Report on vaccination in the Province of Bengal - 1874-1889
Year: 1874
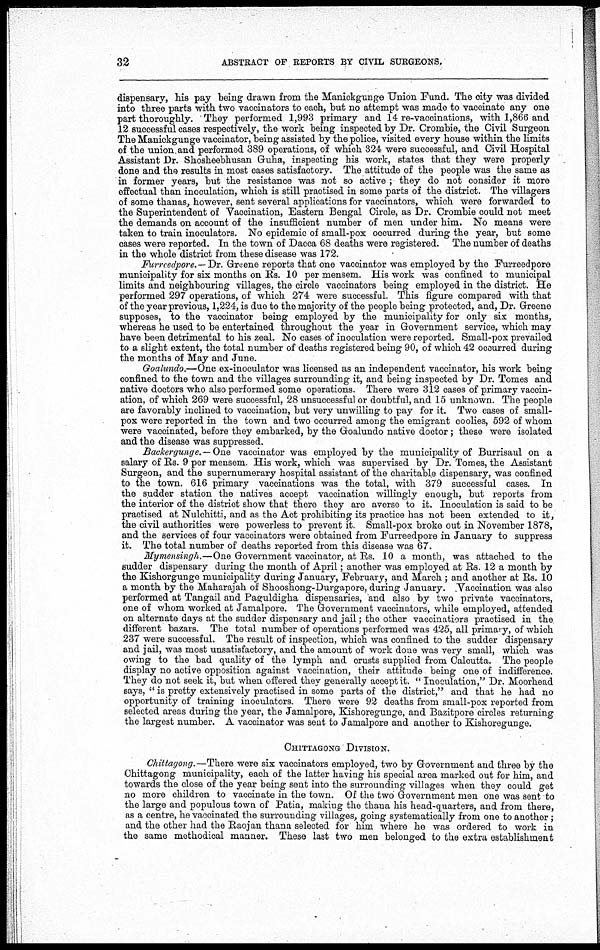
32
ABSTRACT OF REPORTS BY CIVIL SURGEONS.
dispensary, his pay being drawn from the Manickgunge Union Fund. The city was divided
into three parts with two vaccinators to each, but no attempt was made to vaccinate any one
part thoroughly. They performed 1,993 primary and 14 re-vaccinations, with 1,866 and
12 successful cases respectively, the work being inspected by Dr. Crombie, the Civil Surgeon
The Maniokgunge vaccinator, being assisted by the police, visited every house within the limits
of the union and performed 389 operations, of which 324 were successful, and Civil Hospital
Assistant Dr. Shosheebhusan Guha, inspecting his work, states that they were properly
done and the results in most cases satisfactory. The attitude of the people was the same as
in former years, but the resistance was not so active ; they do not consider it more
effectual than inoculation, which is still practised in some parts of the district. The villagers
of some thanas, however, sent several applications for vaccinators, which were forwarded to
the Superintendent of Vaccination, Eastern Bengal Circle, as Dr. Crombie could not meet
the demands on account of the insufficient number of men under him. No means were
taken to train inoculators. No epidemic of small-pox occurred during the year, but some
cases were reported. In the town of Dacca 68 deaths were registered. The number of deaths
in the whole district from these disease was 172.
Furrcedpore. — Dr. Greene reports that one vaccinator was employed by the Furreedpore
municipality for six months on Rs. 10 per mensem. His work was confined to municipal
limits and neighbouring villages, the circle vaccinators being employed in the district. He
performed 297 operations, of which 274 were successful. This figure compared with that
of the year previous, 1,224, is due to the majority of the people being protected, and, Dr. Greene
supposes, to the vaccinator being employed by the municipality for only six months,
whereas he used to be entertained throughout the year in Government service, which may
have been detrimental to his zeal. No cases of inoculation were reported. Small-pox prevailed
to a slight extent, the total number of deaths registered being 90, of which 42 occurred during
the months of May and June.
Goalundo.—One ex-inoculator was licensed as an independent vaccinator, his work being
confined to the town and the villages surrounding it, and being inspected by Dr. Tomes and
native doctors who also performed some operations. There were 312 cases of primary vaccin-
ation, of which 269 were successful, 28 unsuccessful or doubtful, and 15 unknown. The people
are favorably inclined to vaccination, but very unwilling to pay for it. Two cases of small-
pox were reported in the town and two occurred among the emigrant coolies, 592 of whom
were vaccinated, before they embarked, by the Goalundo native doctor ; these were isolated
and the disease was suppressed.
Backergunge. — One vaccinator was employed by the municipality of Burrisaul on a
salary of Rs. 9 per mensem. His work, which was supervised by Dr. Tomes, the Assistant
Surgeon, and the supernumerary hospital assistant of the charitable dispensary, was confined
to the town. 616 primary vaccinations was the total, with 379 successful cases. In
the sudder station the natives accept vaccination willingly enough, but reports from
the interior of the district show that there they are averse to it. Inoculation is said to be
practised at Nulchitti, and as the Act prohibiting its practice has not been extended to it,
the civil authorities were powerless to prevent it. Small-pox broke out in November 1878,
and the services of four vaccinators were obtained from Furreedpore in January to suppress
it. The total number of deaths reported from this disease was 67.
Mymensingh.—One Government vaccinator, at Rs. 10 a month, was attached to the
sudder dispensary during the month of April; another was employed at Rs. 12 a month by
the Kishorgunge municipality during January, February, and March ; and another at Rs. 10
a month by the Maharajah of Shooshong-Durgapore, during January.Vaccination was also
performed at Tangail and Paguldigha dispensaries, and also by two private vaccinators,
one of whom worked at Jamalpore. The Government vaccinators, while employed, attended
on alternate days at the sudder dispensary and jail; the other vaccinatiors practised in the
different bazars. The total number of operations performed was 425, all primary, of which
237 were successful. The result of inspection, which was confined to the sudder dispensary
and jail, was most unsatisfactory, and the amount of work done was very small, which was
owing to the bad quality of the lymph and crusts supplied from Calcutta. The people
display no active opposition against vaccination, their attitude being one of indifference.
They do not seek it, but when offered they generally accept it. " Inoculation," Dr. Moorhead
says, " is pretty extensively practised in some parts of the district," and that he had no
opportunity of training inoculators. There were 92 deaths from small-pox reported from
selected areas during the year, the Jamalpore, Kishoregunge, and Bazitpore circles returning
the largest number. A vaccinator was sent to Jamalpore and another to Kishoregunge.
CHITTAGONG DIVISION.
Chittagong.—There were six vaccinators employed, two by Government and three by the
Chittagong municipality, each of the latter having his special area marked out for him, and
towards the close of the year being sent into the surrounding villages when they could get
no more children to vaccinate in the town. Of the two Government men one was sent to
the large and populous town of Patia, making the thana his head-quarters, and from there,
as a centre, he vaccinated the surrounding villages, going systematically from one to another;
and the other had the Raojan thana selected for him where he was ordered to work in
the same methodical manner. These last two men belonged to the extra establishment